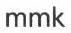
mmk